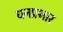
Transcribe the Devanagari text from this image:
धनप्रभार